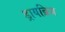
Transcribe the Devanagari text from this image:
ड्रायब्रिज